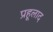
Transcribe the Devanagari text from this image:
प्रहूलाद